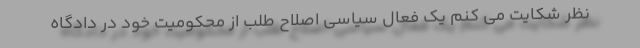
نظر شکایت می کنم یک فعال سیاسی اصلاح طلب از محکومیت خود در دادگاه